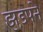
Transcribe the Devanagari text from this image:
झड़पने